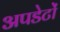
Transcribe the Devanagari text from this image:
अपडेटों